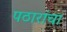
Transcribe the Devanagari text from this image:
पठारांचा